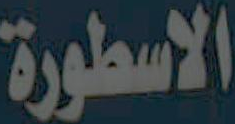
الاسطورة